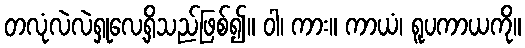
တလုံလဲလဲရှုလေ့ရှိသည်ဖြစ်၍။ ဝါ၊ ကား။ ကာယံ၊ ရူပကာယကို။